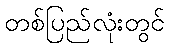
တစ်ပြည်လုံးတွင်